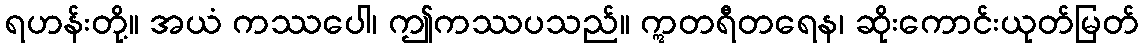
ရဟန်းတို့။ အယံ ကဿပေါ၊ ဤကဿပသည်။ ဣတရီတရေန၊ ဆိုးကောင်းယုတ်မြတ်